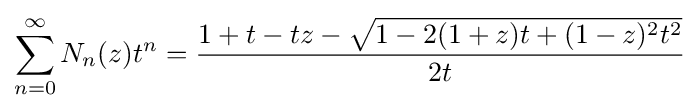
\sum _{n=0}^{\infty }N_{n}(z)t^{n}={\frac {1+t-tz-{\sqrt {1-2(1+z)t+(1-z)^{2}t^{2}}}}{2t}}